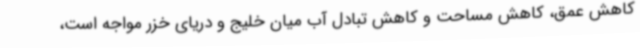
کاهش عمق، کاهش مساحت و کاهش تبادل آب میان خلیج و دریای خزر مواجه است،